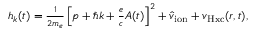
\begin{array} { r } { h _ { \boldsymbol k } ( t ) = \frac { 1 } { 2 m _ { e } } \left[ \boldsymbol p + \hbar \boldsymbol k + \frac { e } { c } \boldsymbol A ( t ) \right] ^ { 2 } + \hat { v } _ { \mathrm { i o n } } + v _ { \mathrm { H x c } } ( \boldsymbol r , t ) , } \end{array}